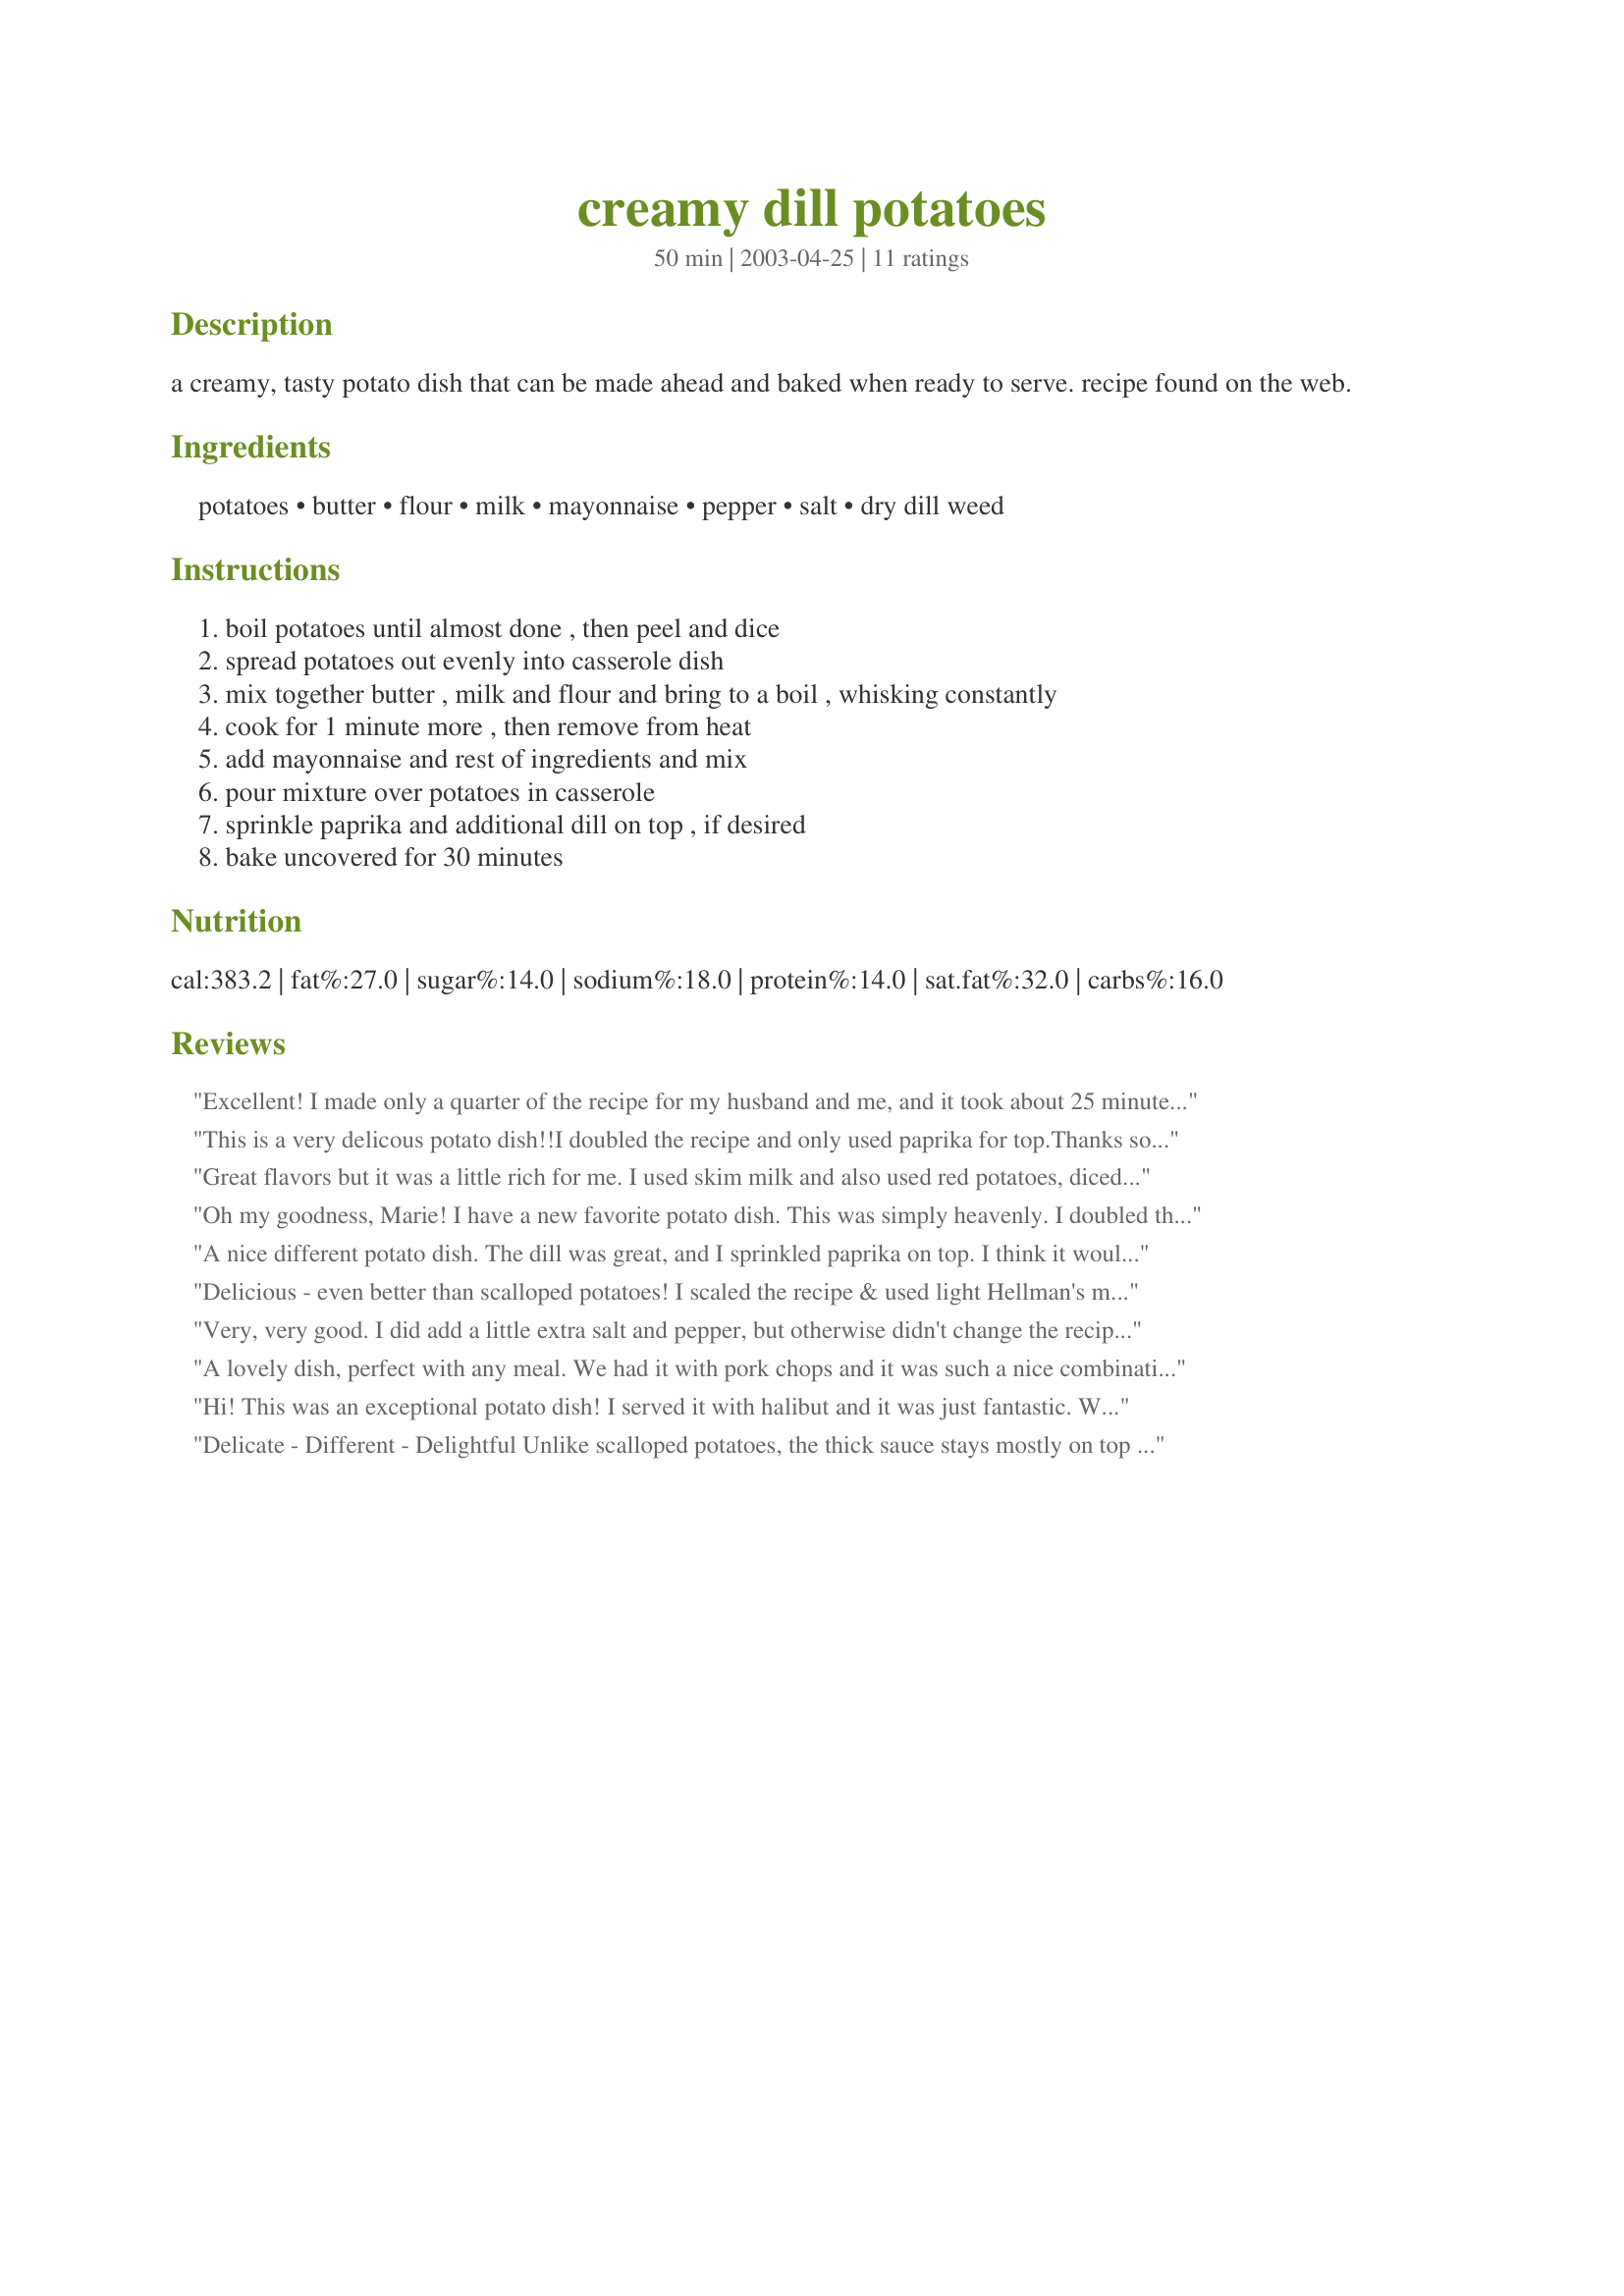
creamy dill potatoes
Preparation time: 50 minutes

a creamy, tasty potato dish that can be made ahead and baked when ready to serve. recipe found on the web.

Ingredients:
potatoes, butter, flour, milk, mayonnaise, pepper, salt, dry dill weed

Steps:
boil potatoes until almost done , then peel and dice, spread potatoes out evenly into casserole dish, mix together butter , milk and flour and bring to a boil , whisking constantly, cook for 1 minute more , then remove from heat, add mayonnaise and rest of ingredients and mix, pour mixture over potatoes in casserole, sprinkle paprika and additional dill on top , if desired, bake uncovered for 30 minutes

Reviews:
Excellent! I made only a quarter of the recipe for my husband and me, and it took about 25 minutes in the oven at 350F. Thanks for posting!
This is a very delicous potato dish!!I doubled the recipe and only used paprika for top.Thanks so much for posting this recipe Dianne
Great flavors but it was a little rich for me. I used skim milk and also used red potatoes, diced them, leaving the skin on and then boiled them. I think leaving the skin on gave the dish a good additional texture. Thank you for posting!
Oh my goodness, Marie! I have a new favorite potato dish. This was simply heavenly. I doubled the recipe, and everyone loved it. I hid the small amount of leftovers for my breakfast! (didn't want to have any scuffles over them!) Thanks ever so much.
A nice different potato dish. The dill was great, and I sprinkled paprika on top. I think it would be a little better with less mayonnaise; just a personal preference. Otherwise it was really good and the kids liked it too. Thanks Marie!
Delicious - even better than scalloped potatoes! I scaled the recipe & used light Hellman's mayo - included the paprika & extra dill on the top. Thanx Marie for another keeper!
Very, very good. I did add a little extra salt and pepper, but otherwise didn't change the recipe. Thank you for sharing.
A lovely dish, perfect with any meal. We had it with pork chops and it was such a nice combination. Will definitely make this again, tasty!
Hi! This was an exceptional potato dish! I served it with halibut and it was just fantastic. We did use the extra dill and paprika on top and I'm glad we did. Next time I might reduce the flour down to 1 tablespoon and see if it makes for a silkier sauce -- but it's hard to tamper with perfection! Thanks so much for posting this recipe.
Dianne
Delicate - Different - Delightful
Unlike scalloped potatoes, the thick sauce stays mostly on top allowing the potato flavor to dominate. I microwaved 2 very large baking potatoes, covered, in 1 inch of water for 6 minutes each side. I sprinkled the sauce with paprika and extra dill before baking. Next time I would soften the sauce a bit with an extra 1/4 cup of milk because baking potatoes are drier than other varieties. A lovely subtle side dish. Thanks marie and welcome to Zaar.
We enoyed these very much, I halved the recipe and it was perfect for two, it IS rich! I did sprinkle some extra hot Hungarian paprika on top, and I baked them in individual ramekin like squares (5"x5") in a preheated 350 degree oven. They were done in about 25 minutes. Very tasty, thanks for sharing!
